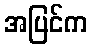
အပြင်က